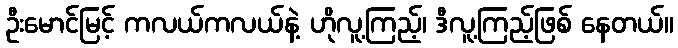
ဦးမောင်မြင့် ကလယ်ကလယ်နဲ့ ဟိုလူ့ကြည့်၊ ဒီလူ့ကြည့်ဖြစ် နေတယ်။